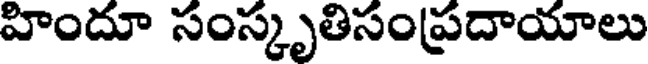
హిందూ సంస్కృతిసంప్రదాయాలు